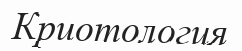
Криотология